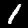
Label: 1